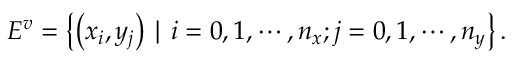
E ^ { v } = \left\{ \left( x _ { i } , y _ { j } \right) \mid i = 0 , 1 , \cdots , n _ { x } ; j = 0 , 1 , \cdots , n _ { y } \right\} .